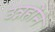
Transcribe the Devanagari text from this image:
उन्नहोंने